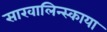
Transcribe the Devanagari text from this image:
साखालिन्स्काया